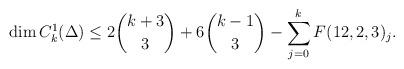
LaTeX: \begin{align*}\dim C_k^1(\Delta)\leq 2\binom{k+3}{3}+6\binom{k-1}{3}-\sum_{j=0}^k F(12,2,3)_j.\end{align*}